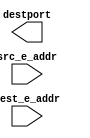
`timescale 1ns / 1ps

module custom_ni_routing  #(
    parameter NOC_ID = 0,
    parameter TOPOLOGY = "CUSTOM_NAME",
    parameter ROUTE_NAME = "CUSTOM_NAME",
    parameter ROUTE_TYPE = "DETERMINISTIC",
    parameter RAw  = 4,  
    parameter EAw  = 4,   
    parameter DSTPw = 4   
)
(
    dest_e_addr,
    src_e_addr,
    destport        
);    

    input   [EAw-1   :0] dest_e_addr;
    input   [EAw-1   :0] src_e_addr;
    output  [DSTPw-1 :0] destport;   


   generate 
    
        
     
	//do not modify this line ===Tcustom1Rcustom===
    if(TOPOLOGY == "custom1" && ROUTE_NAME== "custom" ) begin : Tcustom1Rcustom
    
        Tcustom1Rcustom_conventional_routing  #(
           	.RAw(RAw),  
            .EAw(EAw),   
            .DSTPw(DSTPw)  
        )
        the_conventional_routing
        (
            .dest_e_addr(dest_e_addr),
            .src_e_addr(src_e_addr),
            .destport(destport)        
        );    
    
    end	
    
    endgenerate
    	
 
    	
 
    	
 
    	
 
    	
 
    	
 
    	
 
    	
 
    	
 
    	
 
    	
 
    	
 
 

endmodule